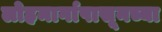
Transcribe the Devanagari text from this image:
लोहमार्गापासूनच्या